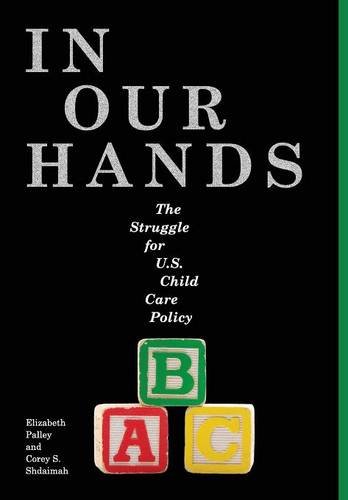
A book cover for In Our Hands: The Struggle for U.S. Child Care Policy (Families, Law, and Society); Elizabeth Palley; Law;